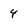
Character: 4